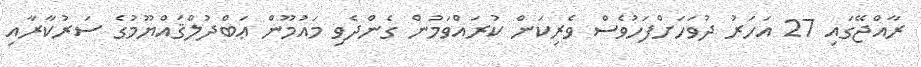
ރާއްޖޭގައި 27 އަހަރު ދުވަހަށްފަހުވެސް ވެރިކަން ކުރައްވަމުން ގެންދެވި މައުމޫން ޢަބްދުލްޤައްޔޫމުގެ ސަރުކާރާއި